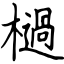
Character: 檛